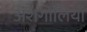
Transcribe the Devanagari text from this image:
अंशगोलियाँ